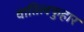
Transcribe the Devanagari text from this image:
वातिलफुहार